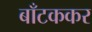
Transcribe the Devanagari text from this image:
बाँटककर